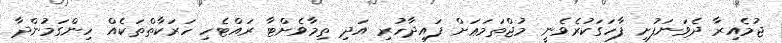
ޖުމެއިރާ ދެވަނަފުށި ފާހަގަކުރެވެނީ މުޖްތަމަޢަށް ފައިދާހުރި އަދި ތިމާވެށްޓާ ރައްޓެހި ހަރަކާތްތަކެއް ހިންގަމުންދާ